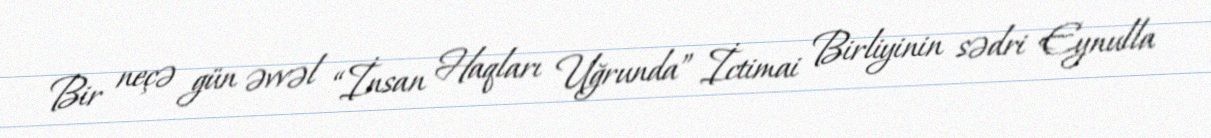
Bir neçə gün əvvəl “İnsan Haqları Uğrunda” İctimai Birliyinin sədri Eynulla